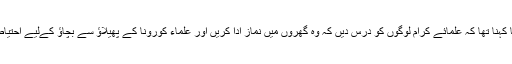
صدر مملکت کا کہنا تھا کہ علمائے کرام لوگوں کو درس دیں کہ وہ گھروں میں نماز ادا کریں اور علماء کورونا کے پھیلاؤ سے بچاؤ کےلیے احتیاطی تدابیر بتائیں۔